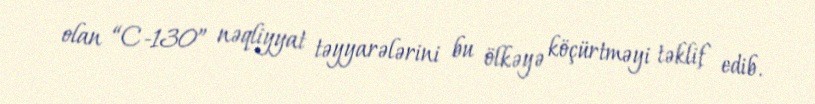
olan “C-130” nəqliyyat təyyarələrini bu ölkəyə köçürtməyi təklif edib.